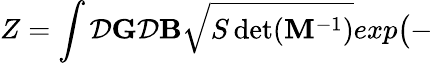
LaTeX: Z=\int{\cal D}{\mathbf G}{\cal D}{\mathbf B}\sqrt{S\operatorname*{det}({\mathbf M}^{-1})}exp\big(-